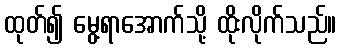
ထုတ်၍ မွေ့ရာအောက်သို့ ထိုးလိုက်သည်။